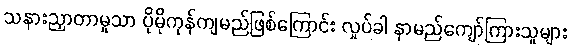
သနားညှာတာမှုသာ ပိုမိုကုန်ကျမည်ဖြစ်ကြောင်း လှုပ်ခါ နာမည်ကျော်ကြားသူများ